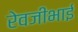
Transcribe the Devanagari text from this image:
रेवजीभाई